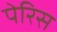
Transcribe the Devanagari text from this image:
पेरिस